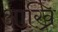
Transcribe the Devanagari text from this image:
आख्रि